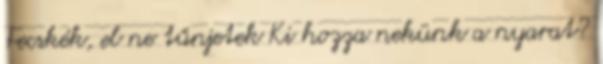
Fecskék, el ne tűnjetek Ki hozza nekünk a nyarat?